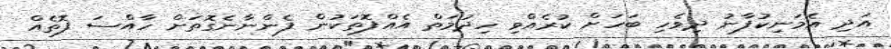
އަދި އެމަނިކުފާނު ދިވެހި ބަހަށް ކުރެއްވި ހިދުމަތް އެއްފޮތަކުން ފެންނާނެގޮތަށް ހާއްސަ ފޮތެއް